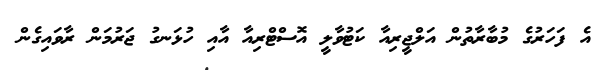
އެ ފަހަރުގެ މުބާރާތުން އަލްޖީރިއާ ކަޓުވާލީ އޮސްޓްރިއާ އާއި ހުޅަނގު ޖަރުމަން ރާވައިގެން